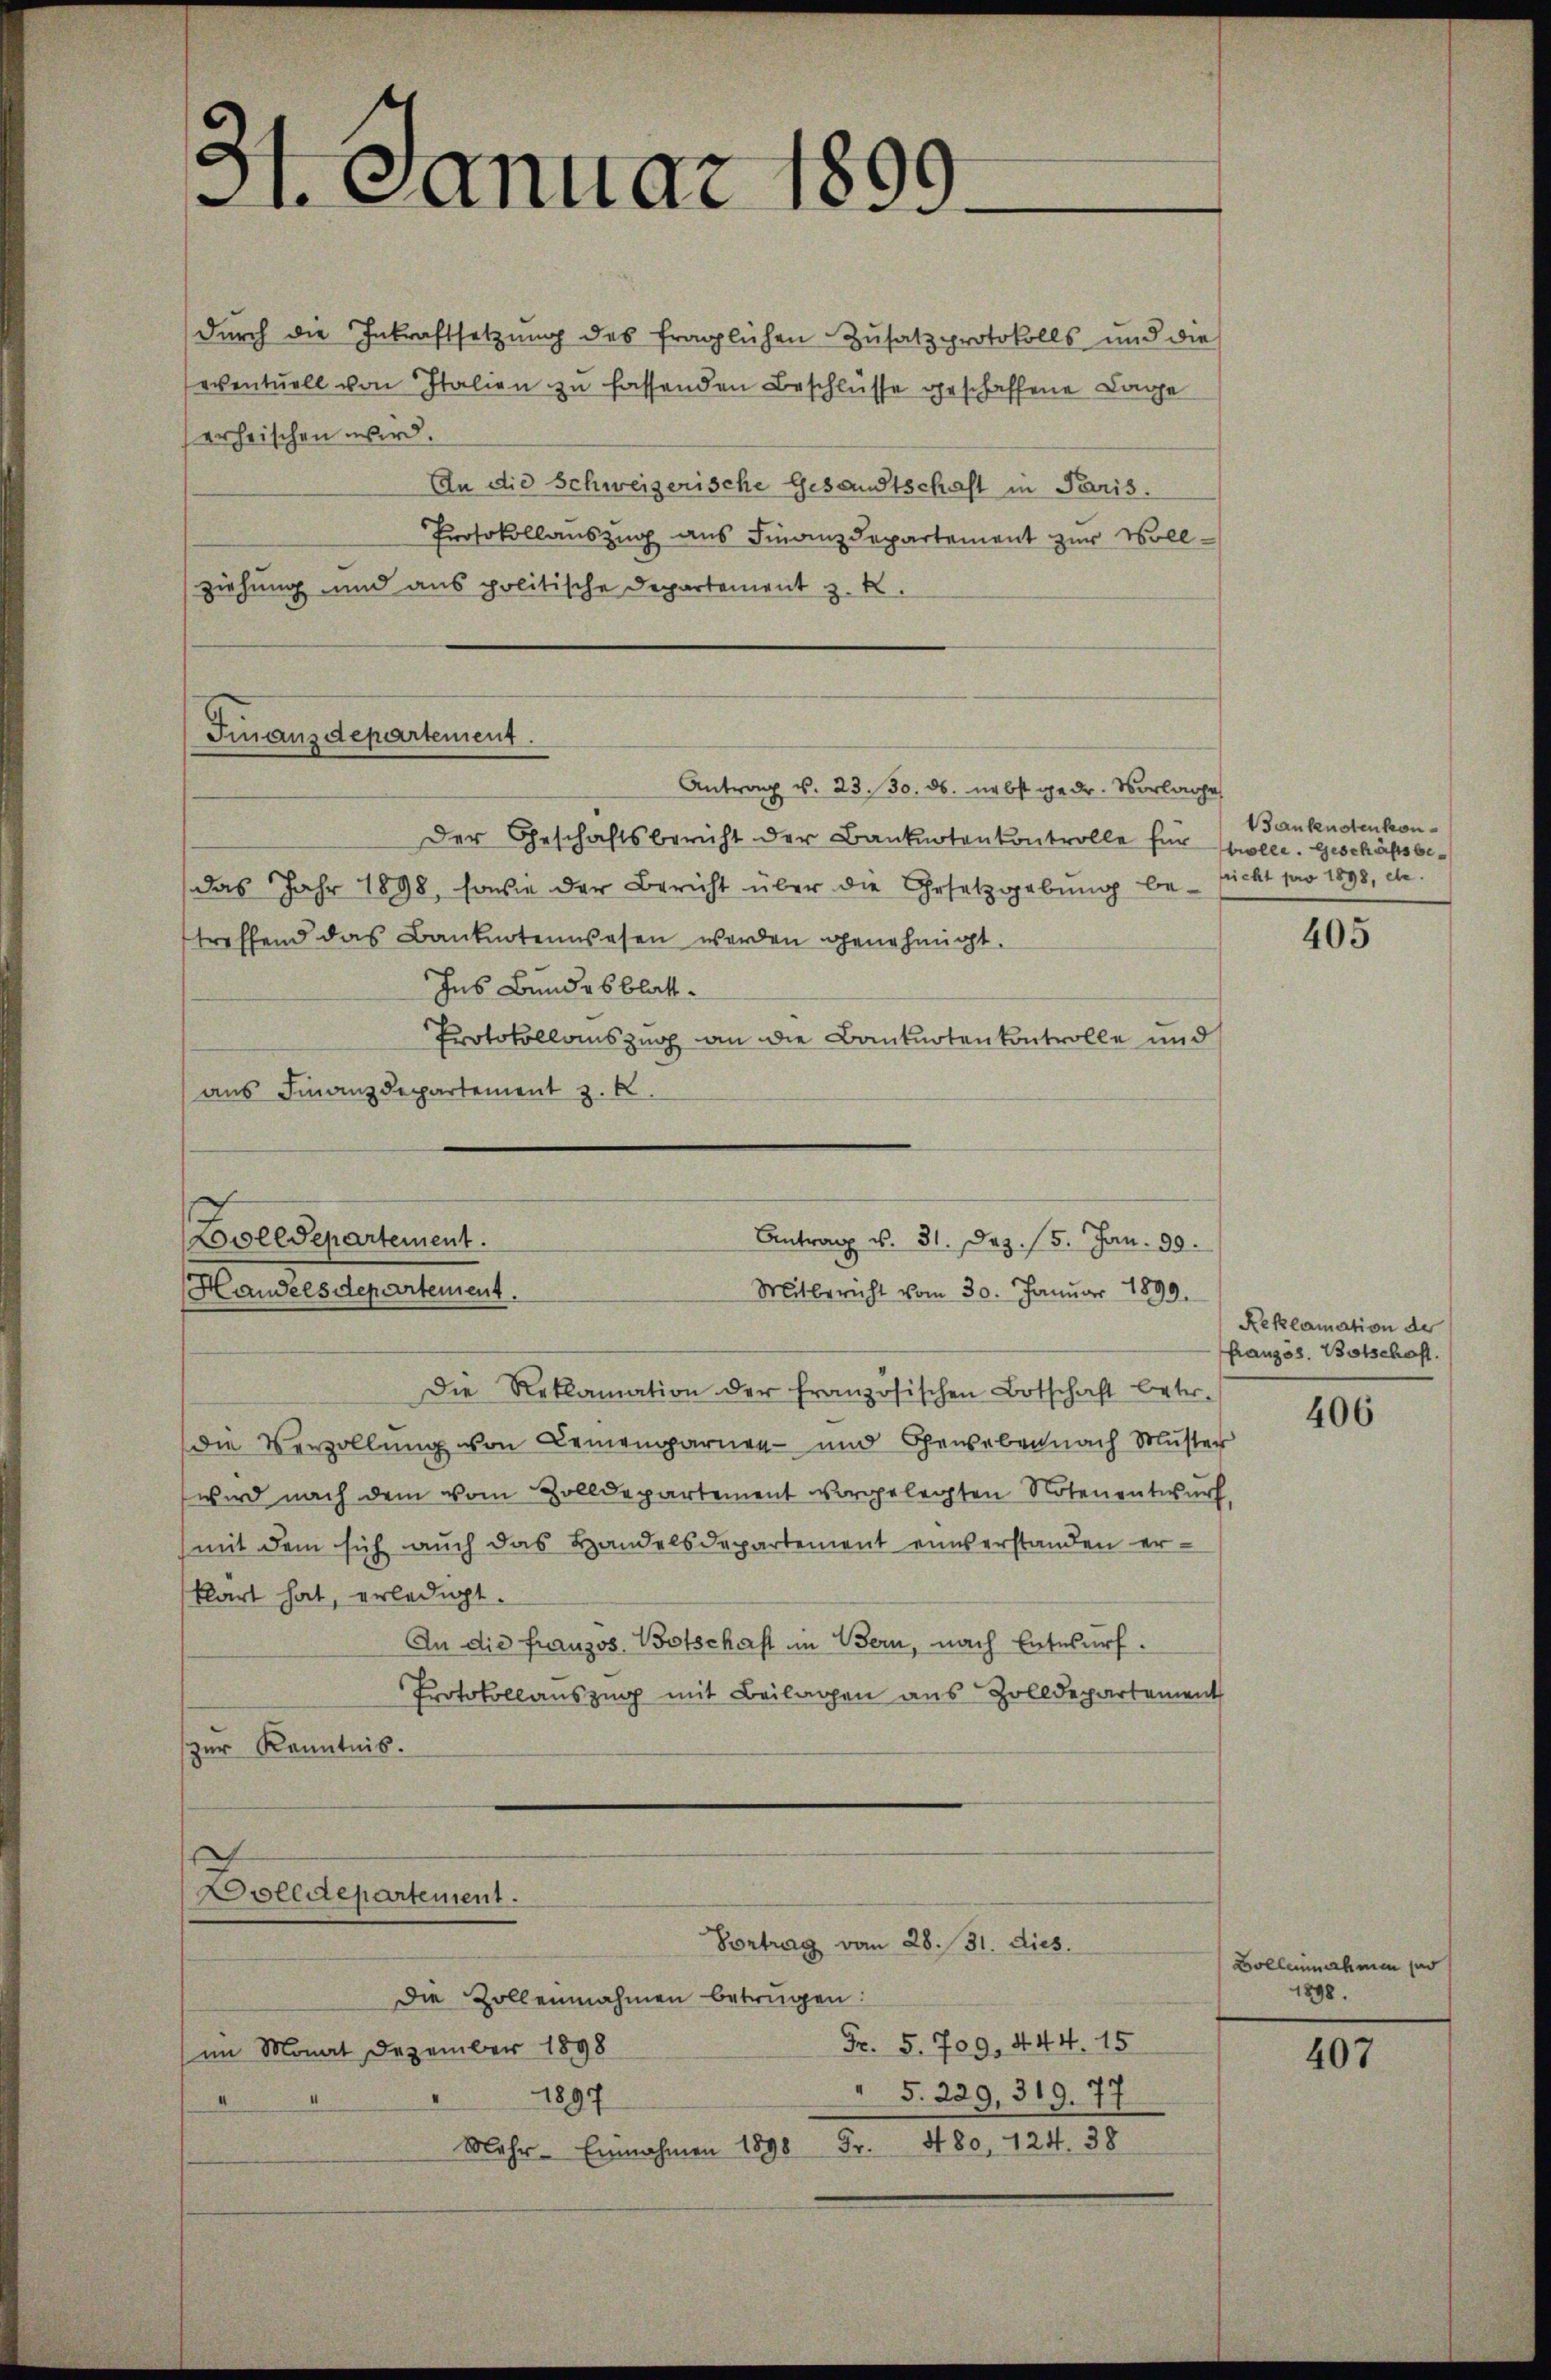
durch die Inkraftsetzung des fraglichen Zusatzprotokolls und die
eventuell von Italien zu fassenden Beschlüsse geschaffene Lage
erheischen wird.
An die Schweizerische Gesandtschaft in Paris.
Protokollauszug aus Finanzdepartement zur Vollziehung und aus politische Departement z. B.

31. Januar 1890.

Antrag v. 23. 30. ds. nebst gedr. Vorlage
Der Geschäftsbericht der Banknotenkontrolle für wolle. Geschäftsbedas Jahr 1898, sowie der Bericht über die Gesetzgebung be- sicht pro 1898, de
treffend das Banknotenwesen werden genehmigt.
Ins Bundesblatt¬
Protokollauszug an die Banknoten kontrolle und
aus Finanzdepartement z. R.

Finanzdepartement.

Boolldepartement.
Handelsdepartement.

Die Reklamation der französischen Botschaft betr.
Die Verzollung von Cemengarnen- und Geweben nach Muster
wird nach dem vom Zolldepartement vorgelegten Notenentwurf
mit dem sich auch das Handelsdepartement einverstanden erklärt hat, erledigt.
An die franzos. Botschaft im Bern, nach Entwurf.
Protokollauszug mit Beilagen aus Zolldepartement
zur Kenntnis.
Dolldepartement.

Antrag u. 31. Dez. 15. Jan. 90.
Mitbericht vom 30. Januar 1899.

Die Zollennahmen betrügen:
Fr. 5. 709, 444. 15
(im Monat Dezember 1898
" §. 229, 319. 77
1897
Mehr- Einnahmen 1898 Fr. 480, 124. 38

Vortrag vom 28. 31. dies

Bankenstenkon¬

405

Reklamation der
Französ. Botschaft.

406

Bolleinnahmen po
1898.

407